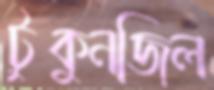
টুকুনজিল